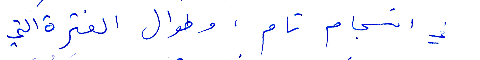
في انسجام تام. وطوال الفترة التي